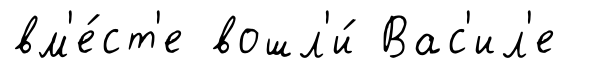
вм'е́ст'е вошл'и́ Вас'ил'е